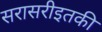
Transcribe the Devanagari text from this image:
सरासरीइतकी